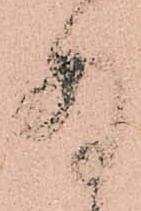
存